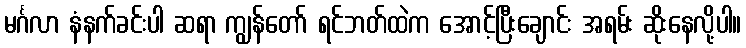
မင်္ဂလာ နံနက်ခင်းပါ ဆရာ ကျွန်တော် ရင်ဘတ်ထဲက အောင့်ပြီးချောင်း အရမ်း ဆိုးနေလို့ပါ။